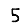
Digit: 5